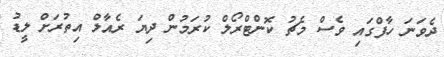
ދެވަނަ ހާފްގައި ވެސް މެޗު ކޮންޓްރޯލް ކުރަމުން ދިޔަ ރެއާލް އިތުރަށް ލީޑު